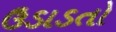
ઉડાડતો